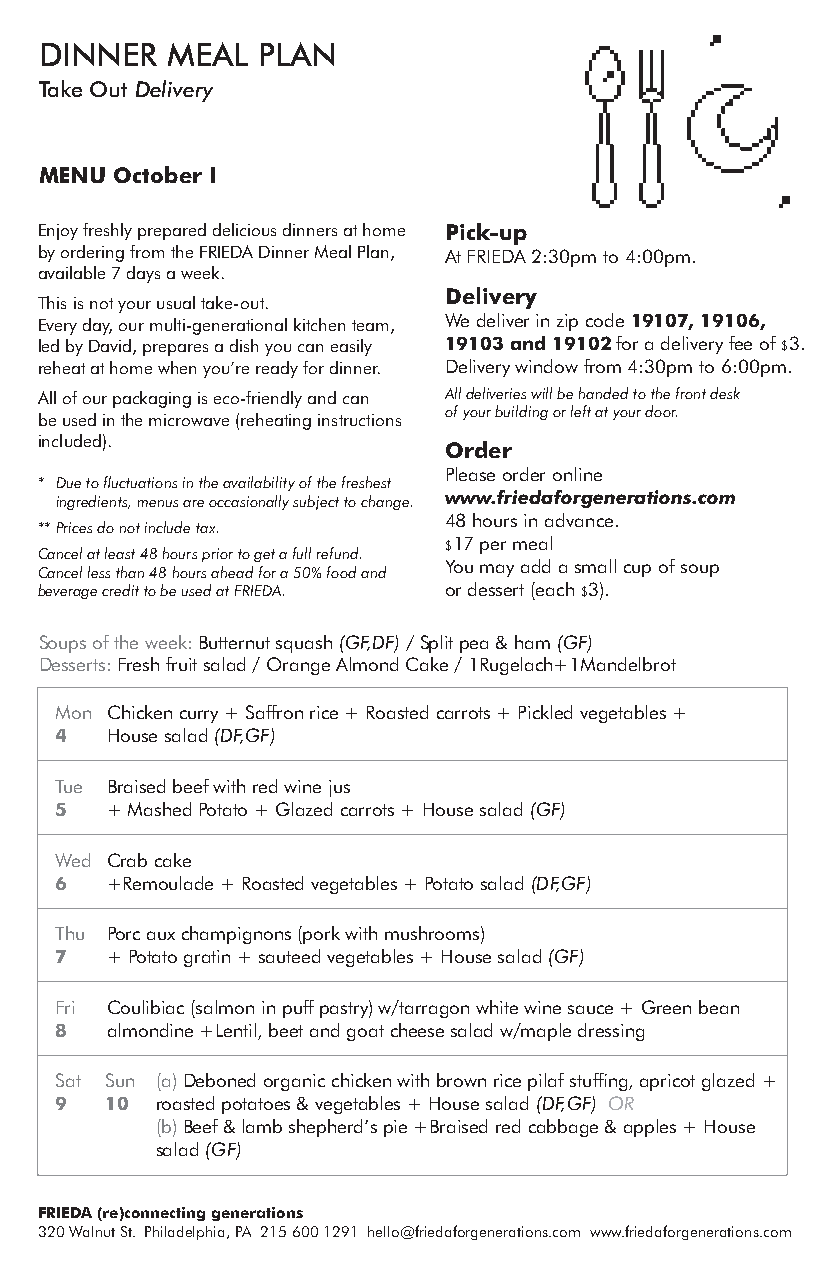
DINNER  MEAL  PLAN
 Take Out Delivery
 MENU October I
 Enjoy freshly prepared delicious dinners at home Pick-up
 by ordering from the FRIEDA Dinner Meal Plan, At FRIEDA 2:30pm to 4:00pm.
 available 7 days a week.
 Delivery
 This is not your usual take-out.
 Every day, our multi-generational kitchen team, We deliver in zip code 19107, 19106,
 led by David, prepares a dish you can easily 19103 and 19102 for a delivery fee of $3.
 reheat at home when you’re ready for dinner. Delivery window from 4:30pm to 6:00pm.
 All of our packaging is eco-friendly and can All deliveries will be handed to the front desk
 of your building or left at your door.
 be used in the microwave (reheating instructions
 included).
 Order
 Please order online
 * Due to fluctuations in the availability of the freshest
 ingredients, menus are occasionally subject to change. www.friedaforgenerations.com
 48 hours in advance.
 ** Prices do not include tax.
 $17 per meal
 Cancel at least 48 hours prior to get a full refund.
 You may add a small cup of soup
 Cancel less than 48 hours ahead for a 50% food and
 beverage credit to be used at FRIEDA. or dessert (each $3).
 Soups of the week: Butternut squash (GF,DF) / Split pea & ham (GF)
 Desserts: Fresh fruit salad / Orange Almond Cake / 1Rugelach+1Mandelbrot
 Mon Chicken curry + Saffron rice + Roasted carrots + Pickled vegetables +
 4  House salad (DF,GF)
 Tue Braised beef with red wine jus
 5  + Mashed Potato + Glazed carrots + House salad (GF)
 Wed Crab cake
 6  +Remoulade + Roasted vegetables + Potato salad (DF,GF)
 Thu Porc aux champignons (pork with mushrooms)
 7  + Potato gratin + sauteed vegetables + House salad (GF)
 Fri Coulibiac (salmon in puff pastry) w/tarragon white wine sauce + Green bean
 8  almondine +Lentil, beet and goat cheese salad w/maple dressing
 Sat Sun (a) Deboned organic chicken with brown rice pilaf stuffing, apricot glazed +
 9  10 roasted potatoes & vegetables + House salad (DF,GF) OR
 (b) Beef & lamb shepherd’s pie +Braised red cabbage & apples + House
 salad (GF)
 FRIEDA (re)connecting generations
 320 Walnut St. Philadelphia, PA 215 600 1291 hello@friedaforgenerations.com www.friedaforgenerations.com